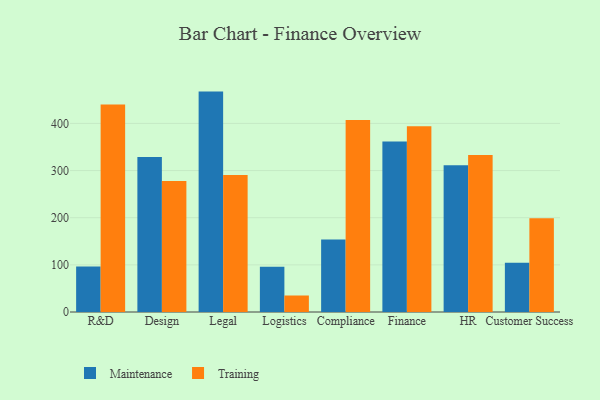
{"axis": {"x": "Department", "y": "Energy Usage (MWh)"}, "legend": ["Maintenance", "Training"], "data": [{"x": "R&D", "y": 96.6, "type": "Maintenance"}, {"x": "R&D", "y": 440.1, "type": "Training"}, {"x": "Design", "y": 328.8, "type": "Maintenance"}, {"x": "Design", "y": 277.7, "type": "Training"}, {"x": "Legal", "y": 467.5, "type": "Maintenance"}, {"x": "Legal", "y": 290.5, "type": "Training"}, {"x": "Logistics", "y": 96.1, "type": "Maintenance"}, {"x": "Logistics", "y": 35.0, "type": "Training"}, {"x": "Compliance", "y": 153.7, "type": "Maintenance"}, {"x": "Compliance", "y": 407.1, "type": "Training"}, {"x": "Finance", "y": 361.5, "type": "Maintenance"}, {"x": "Finance", "y": 393.9, "type": "Training"}, {"x": "HR", "y": 311.2, "type": "Maintenance"}, {"x": "HR", "y": 333.2, "type": "Training"}, {"x": "Customer Success", "y": 104.5, "type": "Maintenance"}, {"x": "Customer Success", "y": 198.6, "type": "Training"}]}